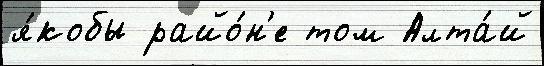
я́кобы райо́н'е том Алта́й